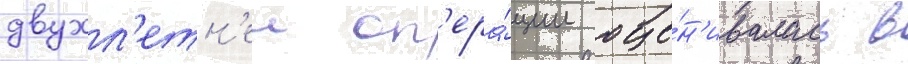
двухл'етн'еи оп'ера́ции оце́н'ивалась в